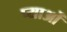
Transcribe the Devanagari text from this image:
प्याओं